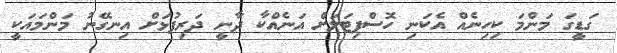
ގަޑީގަ މަންމަ ކިހިނެއް އެކަނި ހޮސްޕިޓަލަށް އަނެއްކާ ދާނީ ދަރިފުޅަށް އިނގޭނު މަންމައަކީ